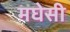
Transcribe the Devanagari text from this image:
मघेसी